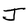
Character: J